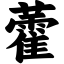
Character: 藿